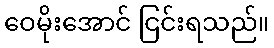
ဝေမိုးအောင် ငြင်းရသည်။